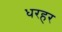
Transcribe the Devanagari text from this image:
धरहर